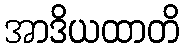
အာဒိယထာတိ